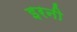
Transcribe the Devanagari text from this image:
इरनी